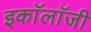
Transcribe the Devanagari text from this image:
इकाॅलाॅजी